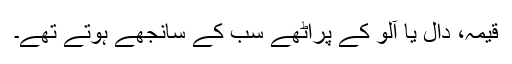
قیمہ، دال یا آلو کے پراٹھے سب کے سانجھے ہوتے تھے۔